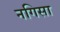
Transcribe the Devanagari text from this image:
नगिसा